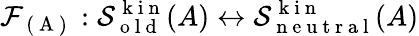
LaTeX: \mathcal{F}_{\mathrm{~(~A~)~}}:\mathcal{S}_{\mathrm{~o~l~d~}}^{\mathrm{~k~i~n~}}(A)\leftrightarrow\mathcal{S}_{\mathrm{~n~e~u~t~r~a~l~}}^{\mathrm{~k~i~n~}}(A)